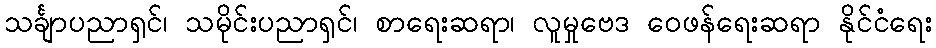
သင်္ချာပညာရှင်၊ သမိုင်းပညာရှင်၊ စာရေးဆရာ၊ လူမှုဗေဒ ဝေဖန်ရေးဆရာ နိုင်ငံရေး